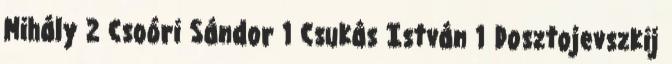
Mihály 2 Csoóri Sándor 1 Csukás István 1 Dosztojevszkij